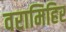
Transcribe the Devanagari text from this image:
वरामिहिर